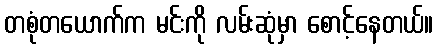
တစုံတယောက်က မင်းကို လမ်းဆုံမှာ စောင့်နေတယ်။